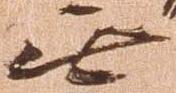
無